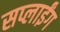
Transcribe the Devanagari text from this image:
सप्लाईंग